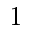
1